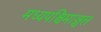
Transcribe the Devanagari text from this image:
मध्यपश्चिमाञ्चल